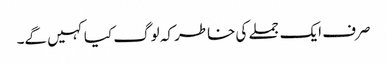
صرف ایک جملے کی خاطر کہ لوگ کیا کہیں گے۔